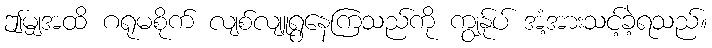
ဤမျှအထိ ဂရုမစိုက် လျစ်လျူရွနေကြသည်ကို ကျွန်ုပ် အံ့အားသင့်ခဲ့ရသည်။